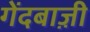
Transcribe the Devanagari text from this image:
गेंदबाज़़ी